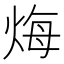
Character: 烸